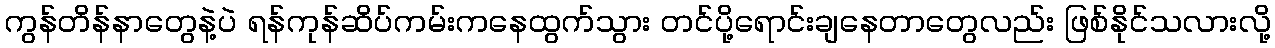
ကွန်တိန်နာတွေနဲ့ပဲ ရန်ကုန်ဆိပ်ကမ်းကနေထွက်သွား တင်ပို့ရောင်းချနေတာတွေလည်း ဖြစ်နိုင်သလားလို့